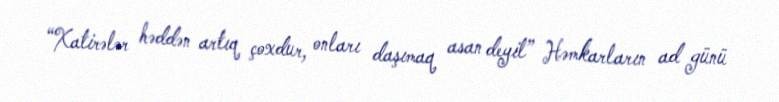
“Xatirələr həddən artıq çoxdur, onları daşımaq asan deyil” Həmkarların ad günü